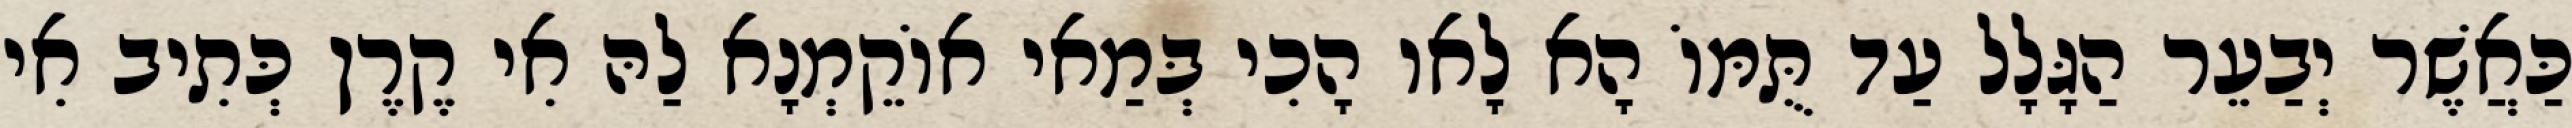
כַּאֲשֶׁר יְבַעֵר הַגָּלָל עַד תֻּמּוֹ הָא לָאו הָכִי בְּמַאי אוֹקֵמְנָא לַהּ אִי קֶרֶן כְּתִיב אִי